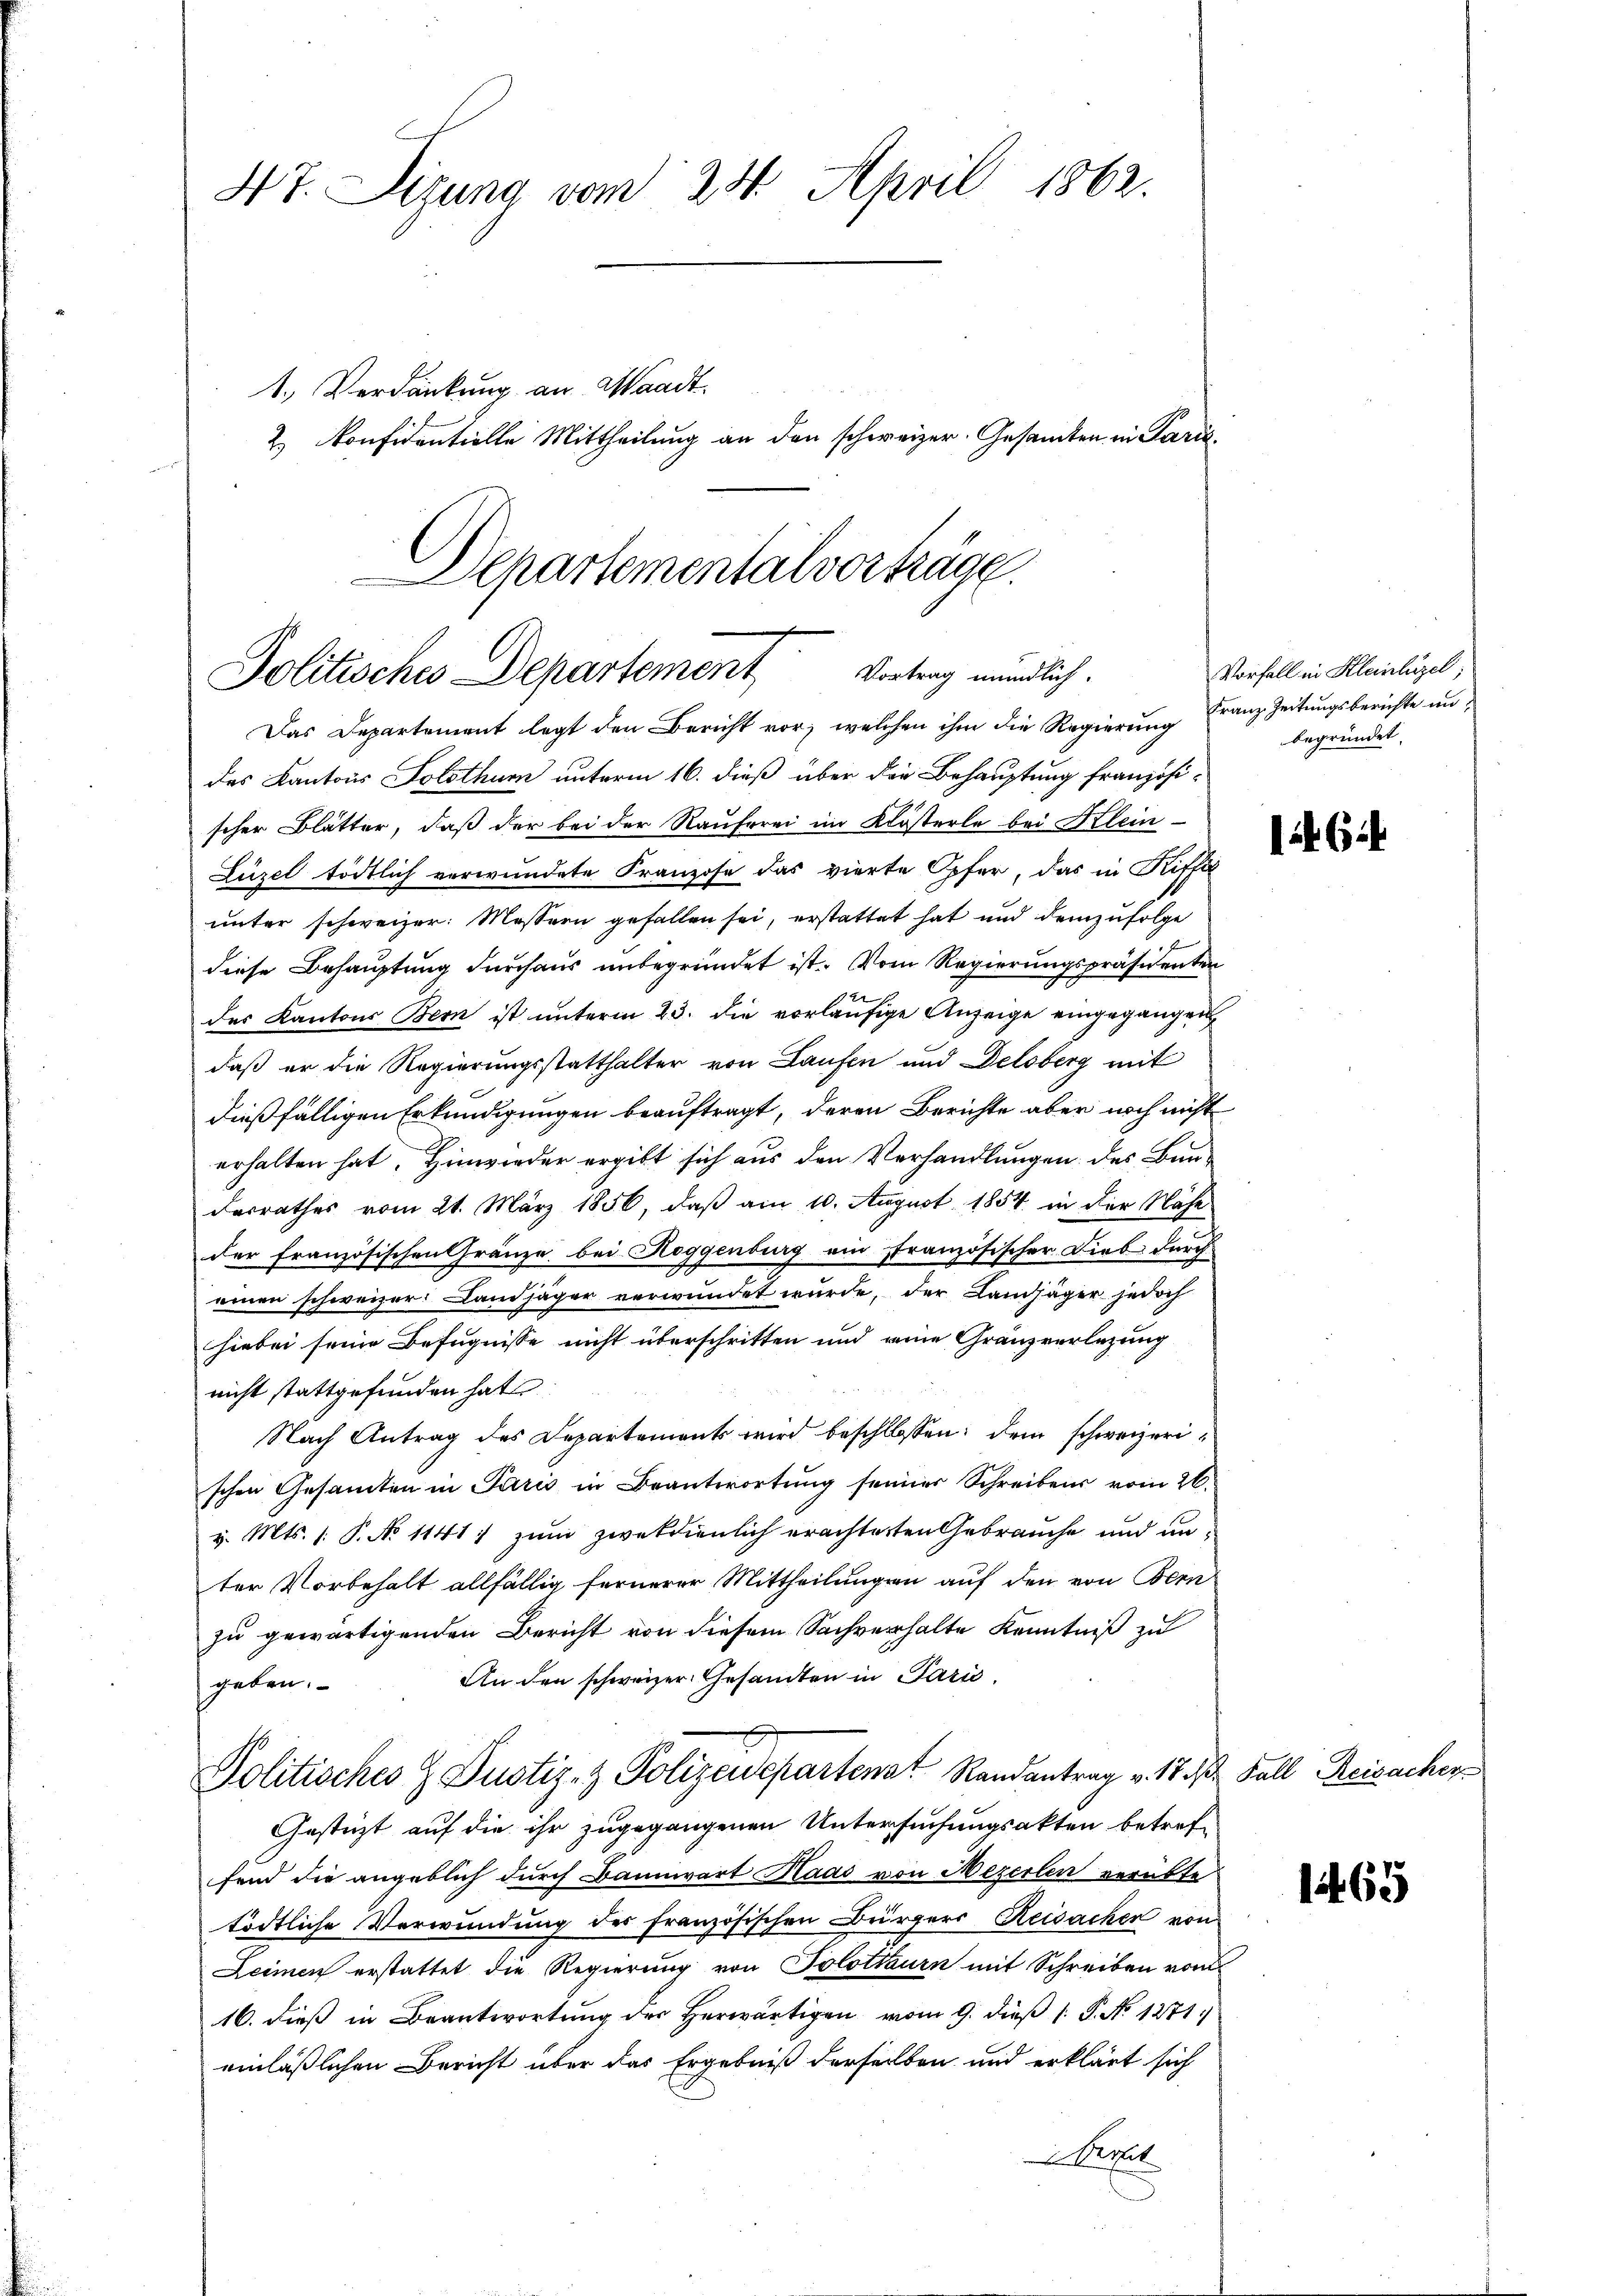
47. Sizung vom 24. April 1862.
1. Verdankung an Waadt.
2. Konfidentielle Mittheilung an den schweizer. Gesamten in Paris¬

Schartementalvortrage
Politisches Departement Vortrag mündlich.
Das Departement legt den Bericht vor, welchen ihm die Regierung

des Kantons Solothur unterm 16. dieß über die Behauptung französi-
scher Blätter, daß der bei der Raŭferei im Klösterle bei Klein-
Lüzel tödtlich verwundete Franzose das vierte Opfer, das in Riffe
unter schweizer: Messern gefallen sei, erstattet hat und demzufolge
diese Behauptung durchaus unbegründet ist. Vom Regierungspräsidenten
des Kantons Bern ist unterm 23. die vorläŭfige Anzeige eingegangen
daß er die Regierungsstatthalter von Laufen und Delsberg mit
dießfälligen Erkundigungen beauftragt, deren Berichte aber noch nicht
erhalten hat. Hinwieder ergibt sich aus den Verhandlungen des Baudesrathes vom 21. März 1856, daß am 10. August 1854 in der Nähe
der französischen Gränze bei Roggenburg ein französischer Dieb durch
einen schweizer. Landjäger verwundet wurde, der Landjäger jedoch
hiebei seine Befugnisse nicht überschritten und eine Granzverlegung
nicht stattgefunden hat
Nach Antrag des Departements wird beschlossen: dem schweizerischen Gesamten in Paris in Beantwortung seiner Schreibens vom 26.
v. Mts. 1. P. No 1141) zum zweckdienlich erachteten Gebrauche und unter Vorbehalt allfällig fernerer Mittheilungen auf den von Bern
zu gewärtigenden Bericht von diesem Sachverhalte Kenntniß zu
An den schweizer Gesandten in Paris,
geben.
Politisches H Justiz- & Polizeidepartenst Randantrag v. 173. 2. Fall Reisacher
Gestützt auf die ihr zugegangenen Untersuchungsakten betreffend die angeblich durch Bannwart Raas von Mezerlen verübte
tödtliche Verwundung des französischen Bürgers Reisachen von
Leimen erstattet die Regierung von Solothurn mit Schreiben vom
16. dieß in Beantwortung des Herwärtigen vom 9. dieß (: P. No 1271)
einläßlichen Bericht über das Ergebniß derselben und erklärt sich
epel

Vorfall in Kleinhügel;
Franz Zeitungsberichte un
begründet.

6

1465